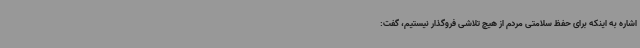
اشاره به اینکه برای حفظ سلامتی مردم از هیچ تلاشی فروگذار نیستیم، گفت: